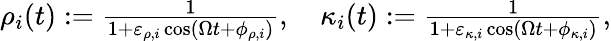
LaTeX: \begin{array}{r}{\rho_{i}(t):=\frac{1}{1+\varepsilon_{\rho,i}\cos\left(\Omega t+\phi_{\rho,i}\right)},\quad\kappa_{i}(t):=\frac{1}{1+\varepsilon_{\kappa,i}\cos\left(\Omega t+\phi_{\kappa,i}\right)},}\end{array}